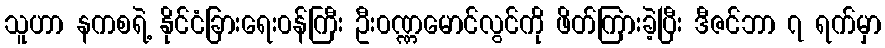
သူဟာ နကစရဲ့ နိုင်ငံခြားရေး၀န်ကြီး ဦး၀ဏ္ဏမောင်လွင်ကို ဖိတ်ကြားခဲ့ပြီး ဒီဇင်ဘာ ၇ ရက်မှာ